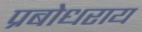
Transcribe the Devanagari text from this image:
प्रबोधराय